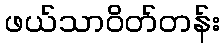
ဖယ်သာဝိတ်တန်း